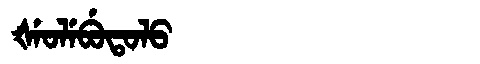
Manchu: ᡧᡝᠣᠯᡝᠪᡠᡨᠣᠯᠣ
Romanization: ŠEOLEBUTOLO